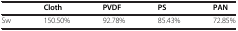
|  | Cloth | PVDF | PS | PAN |
 | --- | --- | --- | --- | --- |
 | Sw | 150.50% | 92.78% | 85.43% | 72.85% |